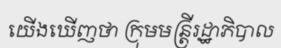
យើងឃើញថា ក្រុមមន្ត្រីរដ្ឋាភិបាល